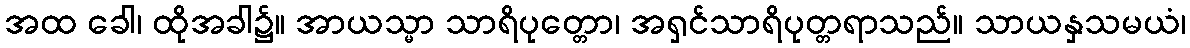
အထ ခေါ၊ ထိုအခါ၌။ အာယသ္မာ သာရိပုတ္တော၊ အရှင်သာရိပုတ္တရာသည်။ သာယနှသမယံ၊